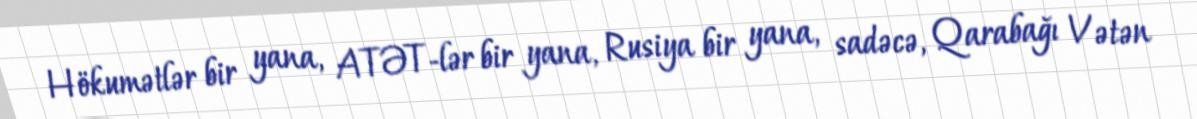
Hökumətlər bir yana, ATƏT-lər bir yana, Rusiya bir yana, sadəcə, Qarabağı Vətən